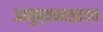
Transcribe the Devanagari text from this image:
आयुष्यकाळातच